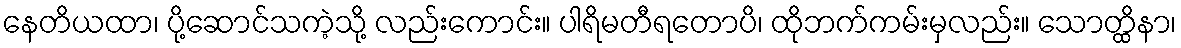
နေတိယထာ၊ ပို့ဆောင်သကဲ့သို့ လည်းကောင်း။ ပါရိမတီရတောပိ၊ ထိုဘက်ကမ်းမှလည်း။ သောတ္ထိနာ၊